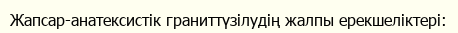
Жапсар-анатексистік граниттүзілудің жалпы ерекшеліктері: